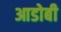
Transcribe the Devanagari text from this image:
आडोबी